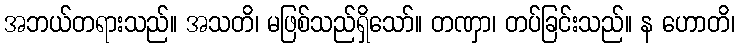
အဘယ်တရားသည်။ အသတိ၊ မဖြစ်သည်ရှိသော်။ တဏှာ၊ တပ်ခြင်းသည်။ န ဟောတိ၊